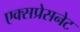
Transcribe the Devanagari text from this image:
एक्सप्रेसनेट